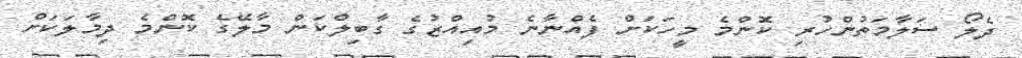
ދެލޯ ސަލާމަތުންހުރި ކޮންމެ މީހަކަށް ފެއްނާނެ މުއިއްޒުގެ ގާބިލްކަން މާލޭގެ ކޮންމެ ދިމާލަކަށް